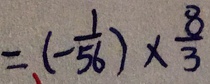
= ( - \frac { 1 } { 5 6 } ) \times \frac { 8 } { 3 }